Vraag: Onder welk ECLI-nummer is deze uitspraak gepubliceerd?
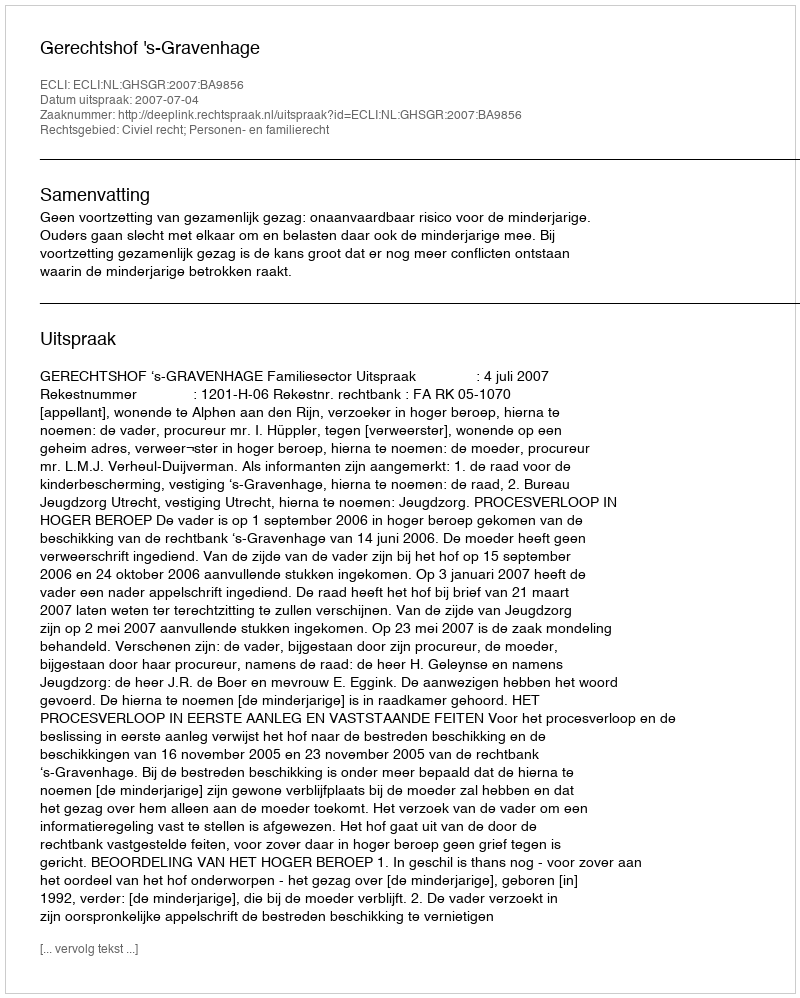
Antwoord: ECLI:NL:GHSGR:2007:BA9856